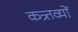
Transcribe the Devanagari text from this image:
कत्र्तव्यों